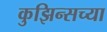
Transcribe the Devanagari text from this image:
कुझिन्सच्या